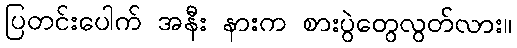
ပြတင်းပေါက် အနီး နားက စားပွဲတွေလွတ်လား။